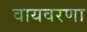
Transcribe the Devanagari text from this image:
वायवरणा